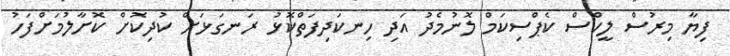
ފިޔާ މިރުސް ލީކްސް ކެޕްސިކަމް ލޮނުމެދު އަދި ހިނކަދިފަތްކޮޅު ރަނގަޅަށް ކުދިކޮށް ކޮށާލުމަށްފަހު